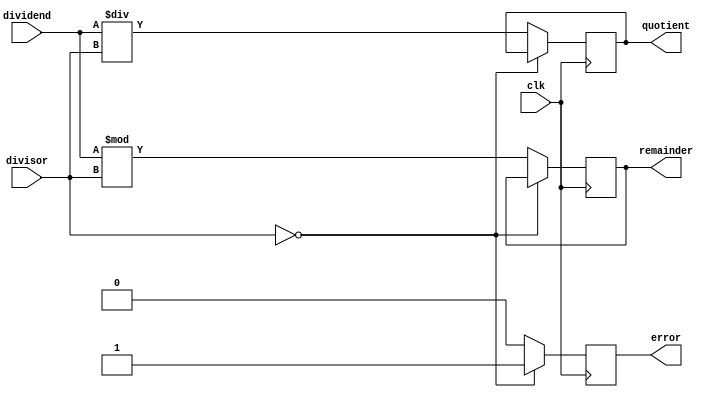
module synchronous_divider (
    input wire clk,
    input wire [31:0] dividend,
    input wire [31:0] divisor,
    output reg [31:0] quotient,
    output reg [31:0] remainder,
    output reg error
);

always @(posedge clk) begin
    if (divisor == 0) begin
        error <= 1;
    end else begin
        error <= 0;
        quotient <= dividend / divisor;
        remainder <= dividend % divisor;
    end
end

endmodule